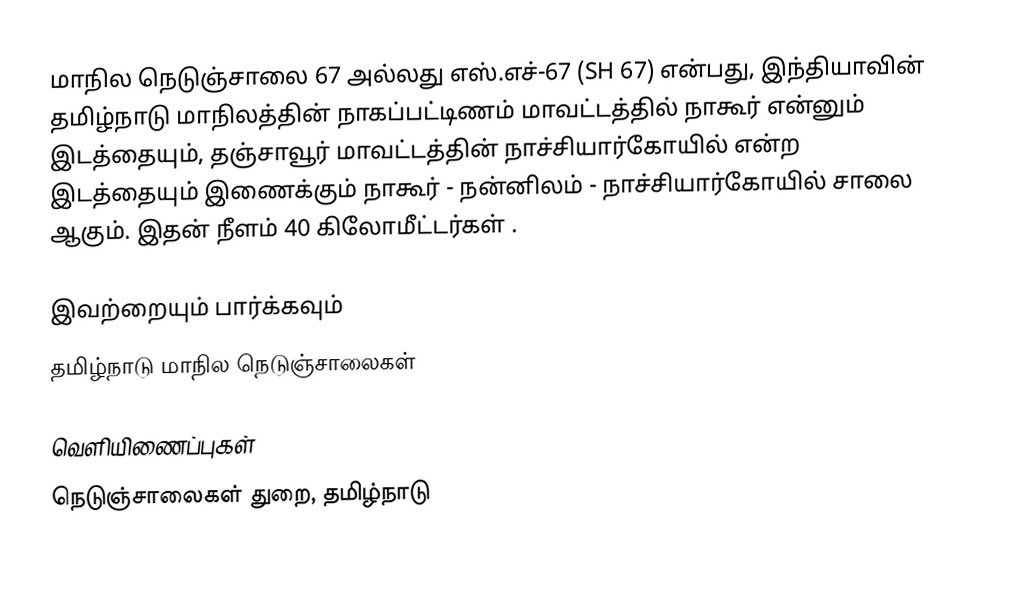
மாநில நெடுஞ்சாலை 67 அல்லது எஸ்.எச்-67 (SH 67) என்பது, இந்தியாவின் தமிழ்நாடு மாநிலத்தின் நாகப்பட்டிணம் மாவட்டத்தில் நாகூர் என்னும் இடத்தையும், தஞ்சாவூர் மாவட்டத்தின் நாச்சியார்கோயில் என்ற இடத்தையும் இணைக்கும் நாகூர் - நன்னிலம் - நாச்சியார்கோயில் சாலை ஆகும். இதன் நீளம் 40  கிலோமீட்டர்கள் .

இவற்றையும் பார்க்கவும்
 தமிழ்நாடு மாநில நெடுஞ்சாலைகள்

வெளியிணைப்புகள்
 நெடுஞ்சாலைகள் துறை, தமிழ்நாடு